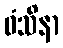
ဓံသိနာ